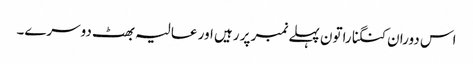
اس دوران کنگنا راتون پہلے نمبر پر رہیں اور عالیہ بھٹ دوسرے۔